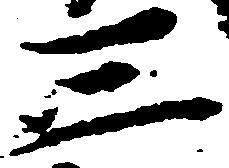
三